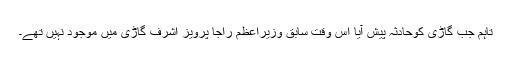
تاہم جب گاڑی کوحادثہ پیش آیا اس وقت سابق وزیراعظم راجا پرویز اشرف گاڑی میں موجود نہیں تھے۔